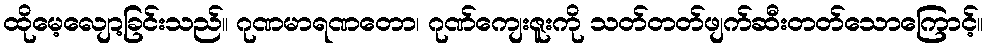
ထိုမေ့လျော့ခြင်းသည်။ ဂုဏမာရဏတော၊ ဂုဏ်ကျေးဇူးကို သတ်တတ်ဖျက်ဆီးတတ်သောကြောင့်။